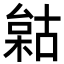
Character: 𣗺